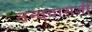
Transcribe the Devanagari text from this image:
नन्ददासजी